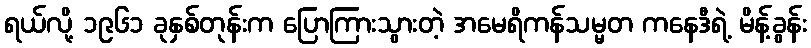
ရယ်လို့ ၁၉၆၁ ခုနှစ်တုန်းက ပြောကြားသွားတဲ့ အမေရိကန်သမ္မတ ကနေဒီရဲ့ မိန့်ခွန်း